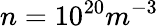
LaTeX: n=10^{20}m^{-3}